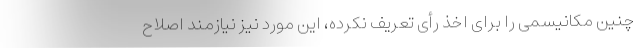
چنین مکانیسمی را برای اخذ رأی تعریف نکرده، این مورد نیز نیازمند اصلاح